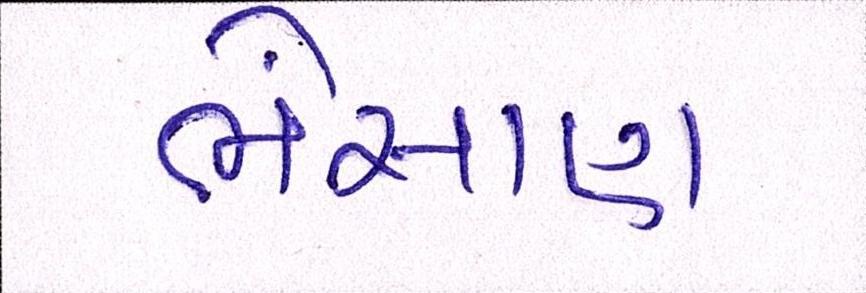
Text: ભેંસાણ